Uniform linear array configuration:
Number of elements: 4
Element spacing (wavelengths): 0.25
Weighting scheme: uniform
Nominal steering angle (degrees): -60
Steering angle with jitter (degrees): -58.854
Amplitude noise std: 0.05
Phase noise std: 0.05

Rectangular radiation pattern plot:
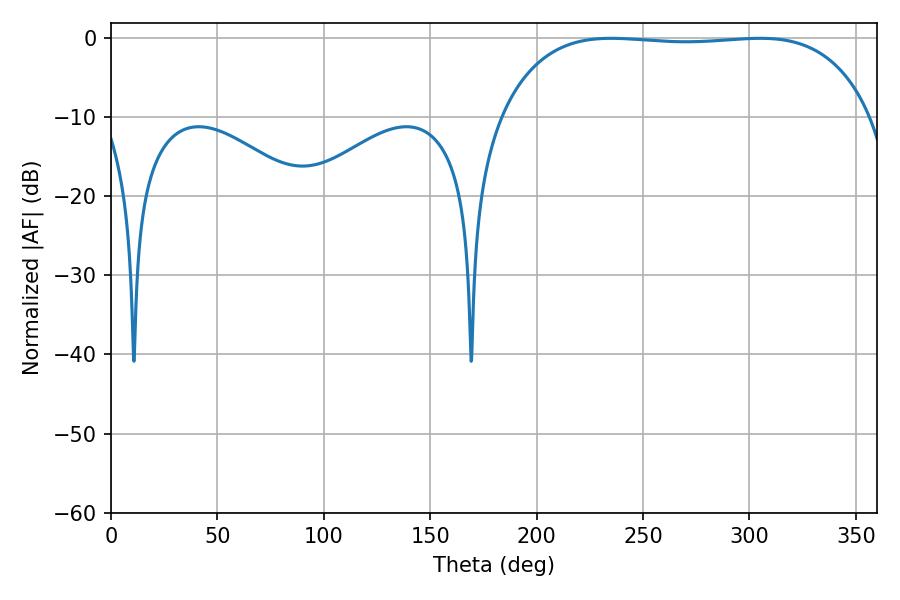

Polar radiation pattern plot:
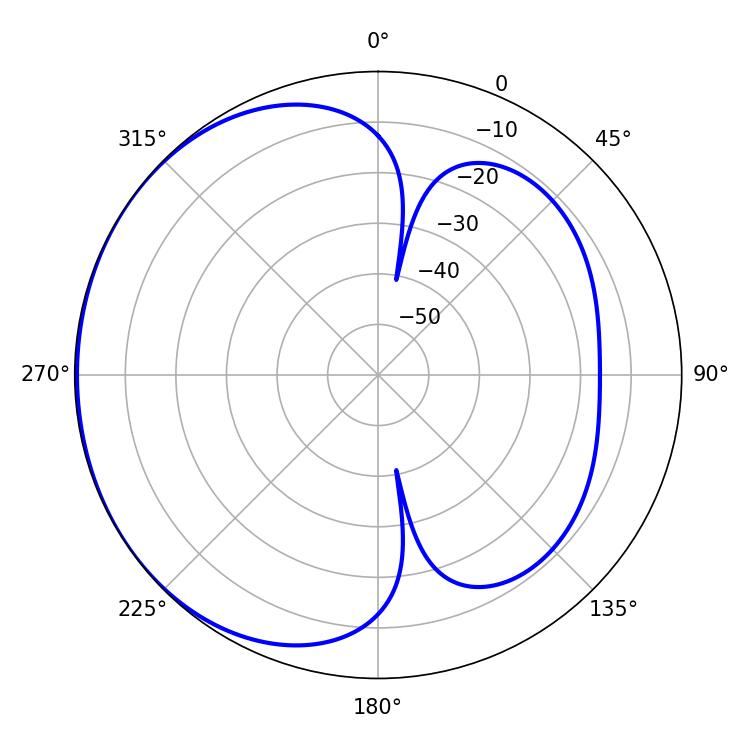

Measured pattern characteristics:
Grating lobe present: FALSE
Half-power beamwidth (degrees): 137.52
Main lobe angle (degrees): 234.9